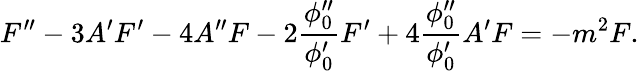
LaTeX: F^{\prime\prime}-3A^{\prime}F^{\prime}-4A^{\prime\prime}F-2\frac{\phi_{0}^{\prime\prime}}{\phi_{0}^{\prime}}F^{\prime}+4\frac{\phi_{0}^{\prime\prime}}{\phi_{0}^{\prime}}A^{\prime}F=-m^{2}F.